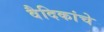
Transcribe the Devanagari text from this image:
वैदिकांचे